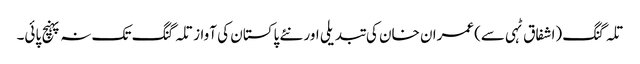
تلہ گنگ (اشفاق ٹہی سے)عمران خان کی تبدیلی اور نئے پاکستان کی آواز تلہ گنگ تک نہ پہنچ پائی۔